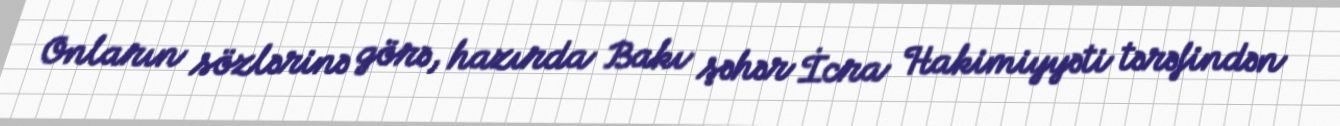
Onların sözlərinə görə, hazırda Bakı şəhər İcra Hakimiyyəti tərəfindən